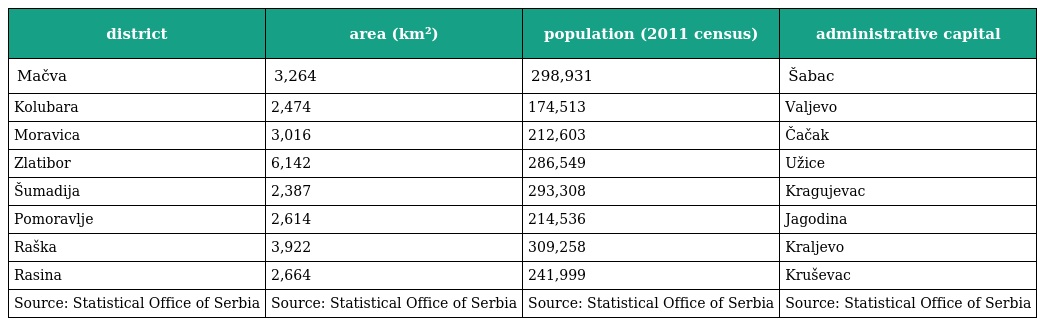
| district | area (km²) | population (2011 census) | administrative capital |
 | --- | --- | --- | --- |
 | Mačva | 3,264 | 298,931 | Šabac |
 | Kolubara | 2,474 | 174,513 | Valjevo |
 | Moravica | 3,016 | 212,603 | Čačak |
 | Zlatibor | 6,142 | 286,549 | Užice |
 | Šumadija | 2,387 | 293,308 | Kragujevac |
 | Pomoravlje | 2,614 | 214,536 | Jagodina |
 | Raška | 3,922 | 309,258 | Kraljevo |
 | Rasina | 2,664 | 241,999 | Kruševac |
 | Source: Statistical Office of Serbia | Source: Statistical Office of Serbia | Source: Statistical Office of Serbia | Source: Statistical Office of Serbia |